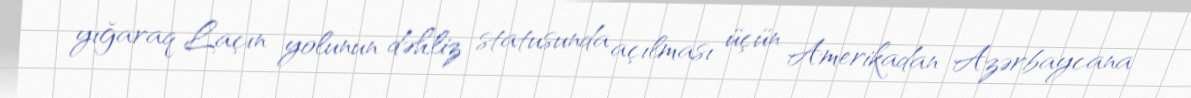
yığaraq Laçın yolunun dəhliz statusunda açılması üçün Amerikadan Azərbaycana